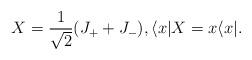
LaTeX: \begin{align*} &X = \frac{1}{\sqrt{2}} (J_+ + J_-), \langle x | X = x \langle x|.\end{align*}